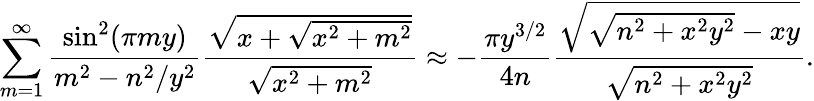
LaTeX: \sum_{m=1}^{\infty}\frac{\sin^{2}(\pi my)}{m^{2}-n^{2}/y^{2}}\frac{\sqrt{x+\sqrt{x^{2}+m^{2}}}}{\sqrt{x^{2}+m^{2}}}\approx-\frac{\pi y^{3/2}}{4n}\frac{\sqrt{\sqrt{n^{2}+x^{2}y^{2}}-xy}}{\sqrt{n^{2}+x^{2}y^{2}}}.